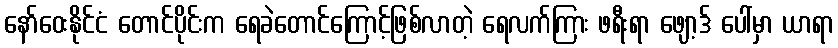
နော်ဝေးနိုင်ငံ တောင်ပိုင်းက ရေခဲတောင်ကြောင့်ဖြစ်လာတဲ့ ရေလက်ကြား ဖရီးရာ ဖျော့ဒ် ပေါ်မှာ ယာရာ